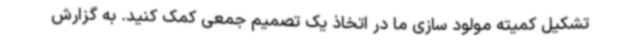
تشکیل کمیته مولود سازی ما در اتخاذ یک تصمیم جمعی کمک کنید. به گزارش